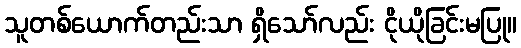
သူတစ်ယောက်တည်းသာ ရှိသော်လည်း ငိုယိုခြင်းမပြု။